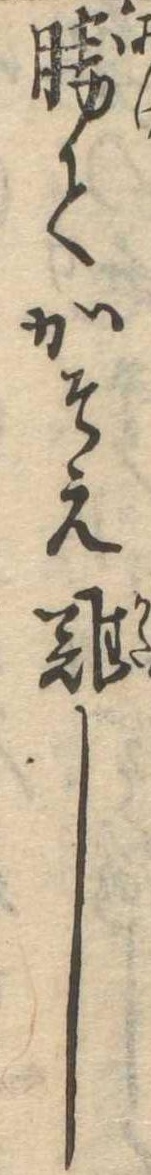
勝てかそえ難し